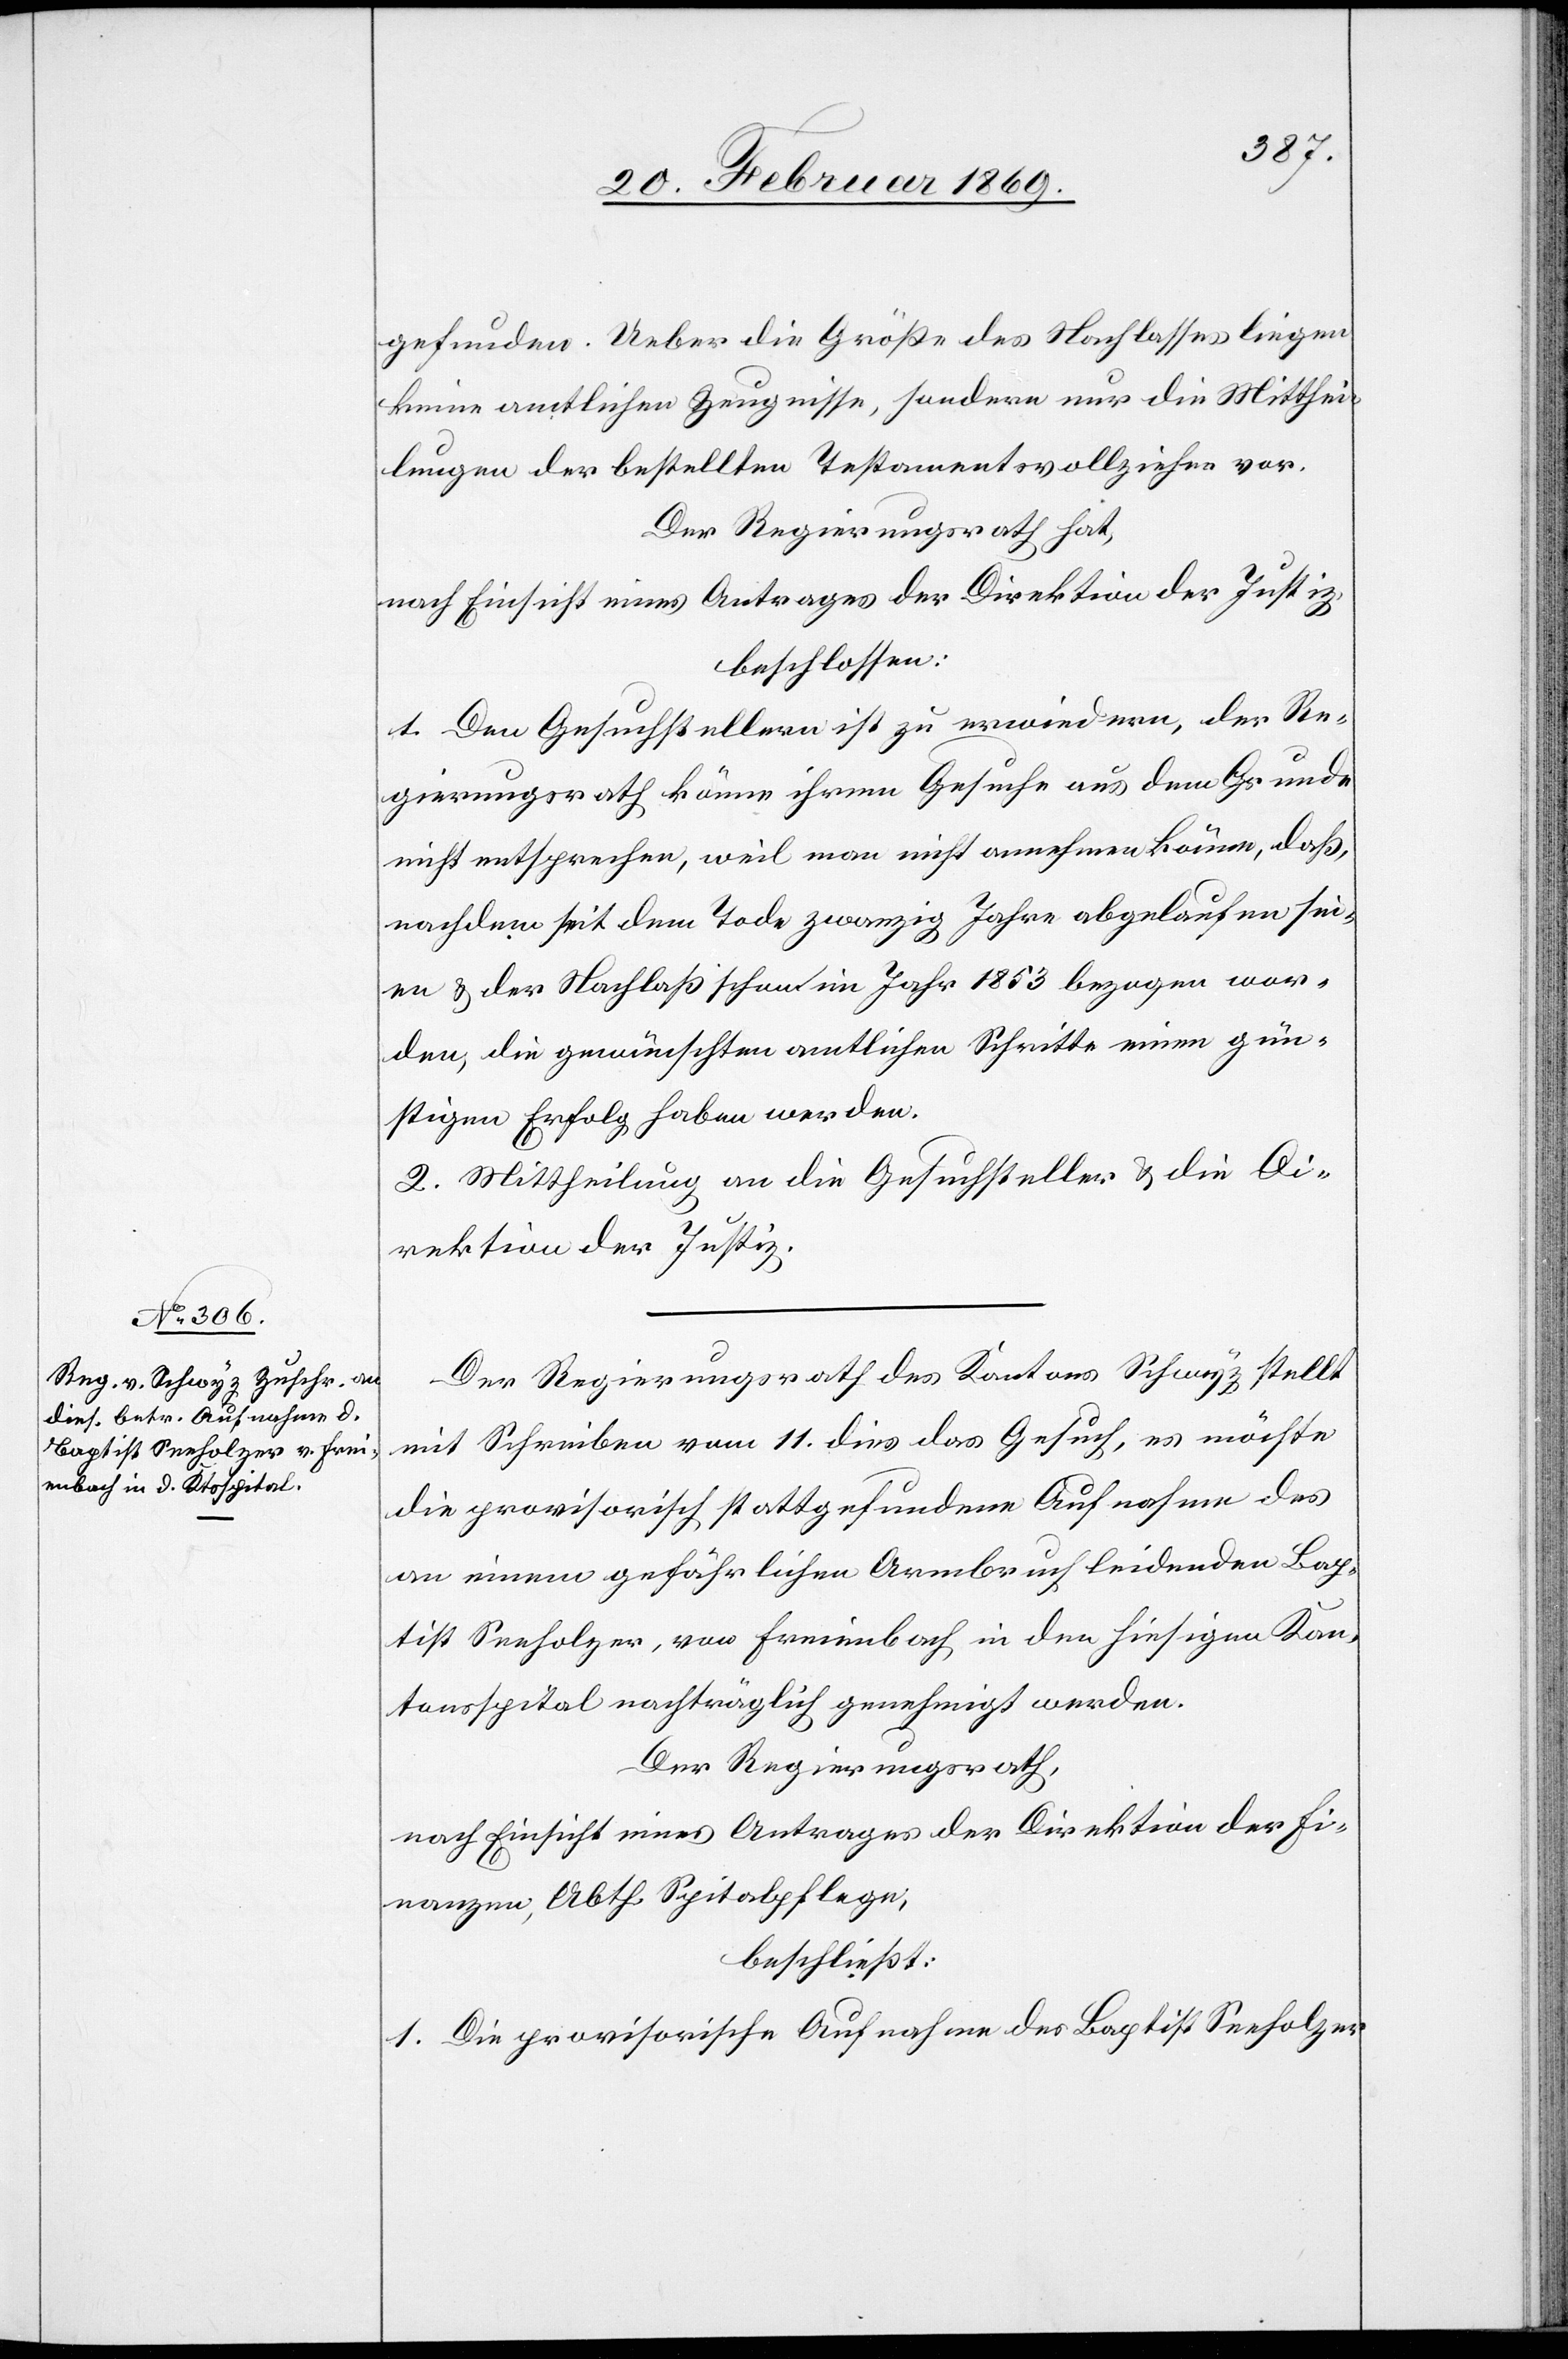
gefunden. Ueber die Größe des Nachlasses liegen
keine amtlichen Zeugnisse, sondern nur die Mitthei¬
lungen der bestellten Testamentsvollzieher vor.
Der Regierungsrath hat,
nach Einsicht eines Antrages der Direktion der Justiz,
beschlossen:
1. Dem Gesuchsteller ist zu erwiedern, der Re¬
gierungsrath könne ihrem Gesuche aus dem Grunde
nicht entsprechen, weil man nicht annehmen könne, daß,
nachdem seit dem Tode zwanzig Jahre abgelaufen sei¬
en & der Nachlaß schon im Jahr 1853 bezogen wor¬
den, die gewünschten amtlichen Schritte einen gün¬
stigen Erfolg haben werden.
2. Mittheilung an die Gesuchsteller u. die Di¬
rektion der Justiz.
Der Regierungsrath des Kantons Schwyz stellt
mit Schreiben vom 11. dies das Gesuch, es möchte
die provisorisch stattgefundene Aufnahme des
an einem gefährlichen Armbruch leidenden Bap¬
tist Seeholzer, von Freienbach in den hiesigen Kan¬
tonsspital nachträglich genehmigt werden.
Der Regierungsrath,
nach Einsicht eines Antrages der Direktion der Fi¬
nanzen, Abth. Spitalpflege,
beschließt:
1. Die provisorische Aufnahme des Baptist Seeholzer